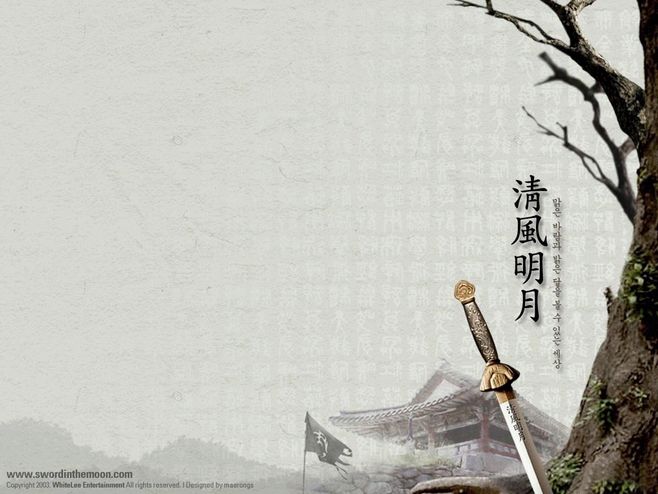
料得年年肠断处，明月夜，短松冈。